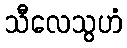
သီလေသွဟံ